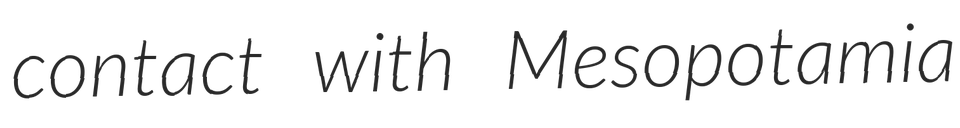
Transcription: contact with Mesopotamia